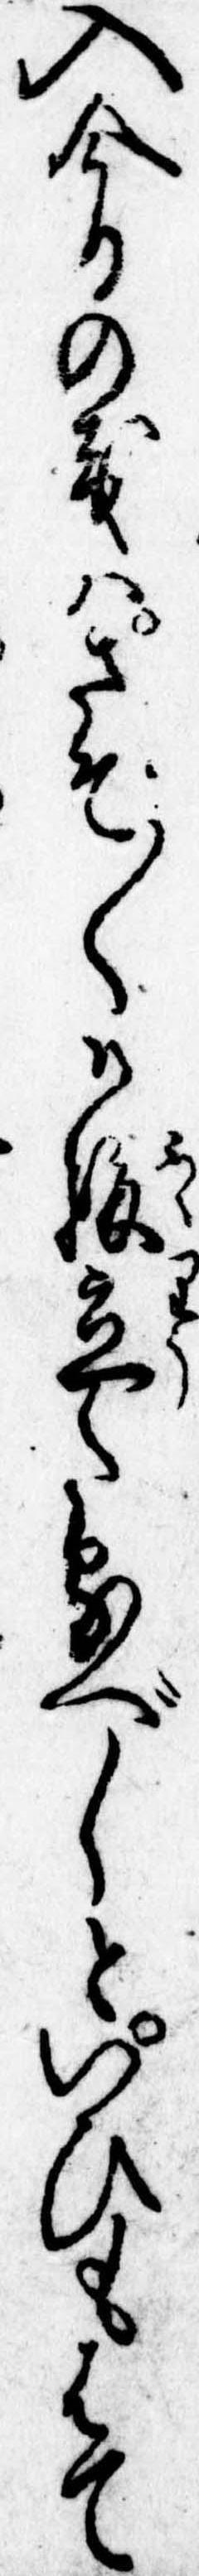
入今日の義はさぞ〱御腹立たるべしといひもはて